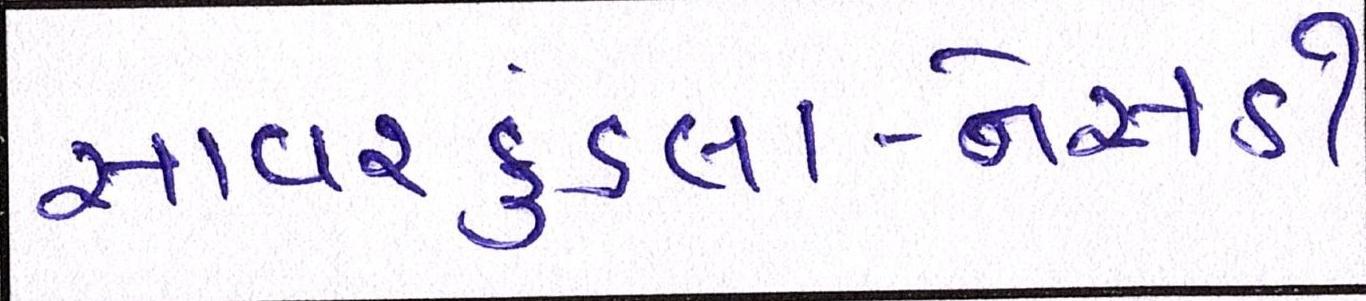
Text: સાવરકુંડલા-નેસડી